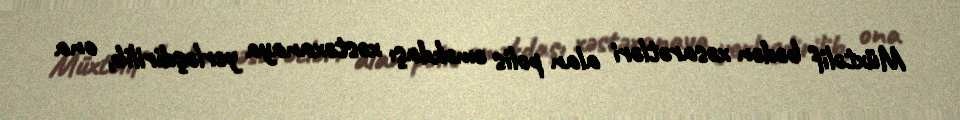
Müxtəlif bədən xəsarətləri alan polis əməkdaşı xəstəxanaya yerləşdirilib, ona